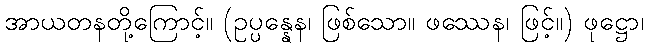
အာယတနတို့ကြောင့်။ (ဥပ္ပန္နေန၊ ဖြစ်သော။ ဖဿေန၊ ဖြင့်။) ဖုဋ္ဌော၊